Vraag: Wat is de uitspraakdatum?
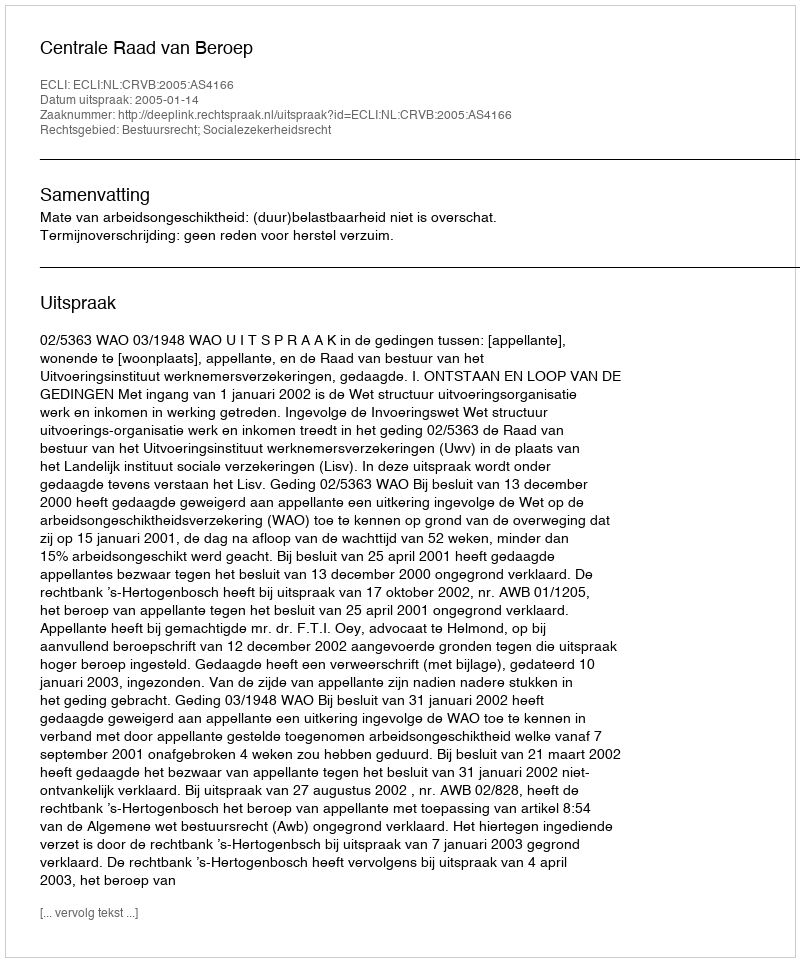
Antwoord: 2005-01-14